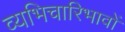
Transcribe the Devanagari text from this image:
व्यभिचारिभावों